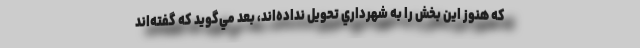
كه هنوز اين بخش را به شهرداري تحويل نداده‌اند، بعد مي‌گويد كه گفته‌اند